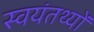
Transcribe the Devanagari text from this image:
स्वयंतथ्यों